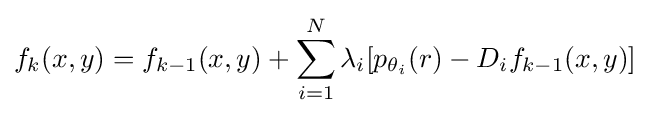
f_{k}(x,y)=f_{k-1}(x,y)+\sum _{i=1}^{N}\lambda _{i}[p_{\theta _{i}}(r)-D_{i}f_{k-1}(x,y)]